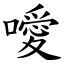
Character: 噯